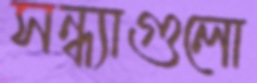
সন্ধ্যাগুলো